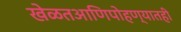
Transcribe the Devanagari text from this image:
खेळतआणिपोहण्यातही